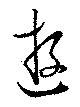
遊